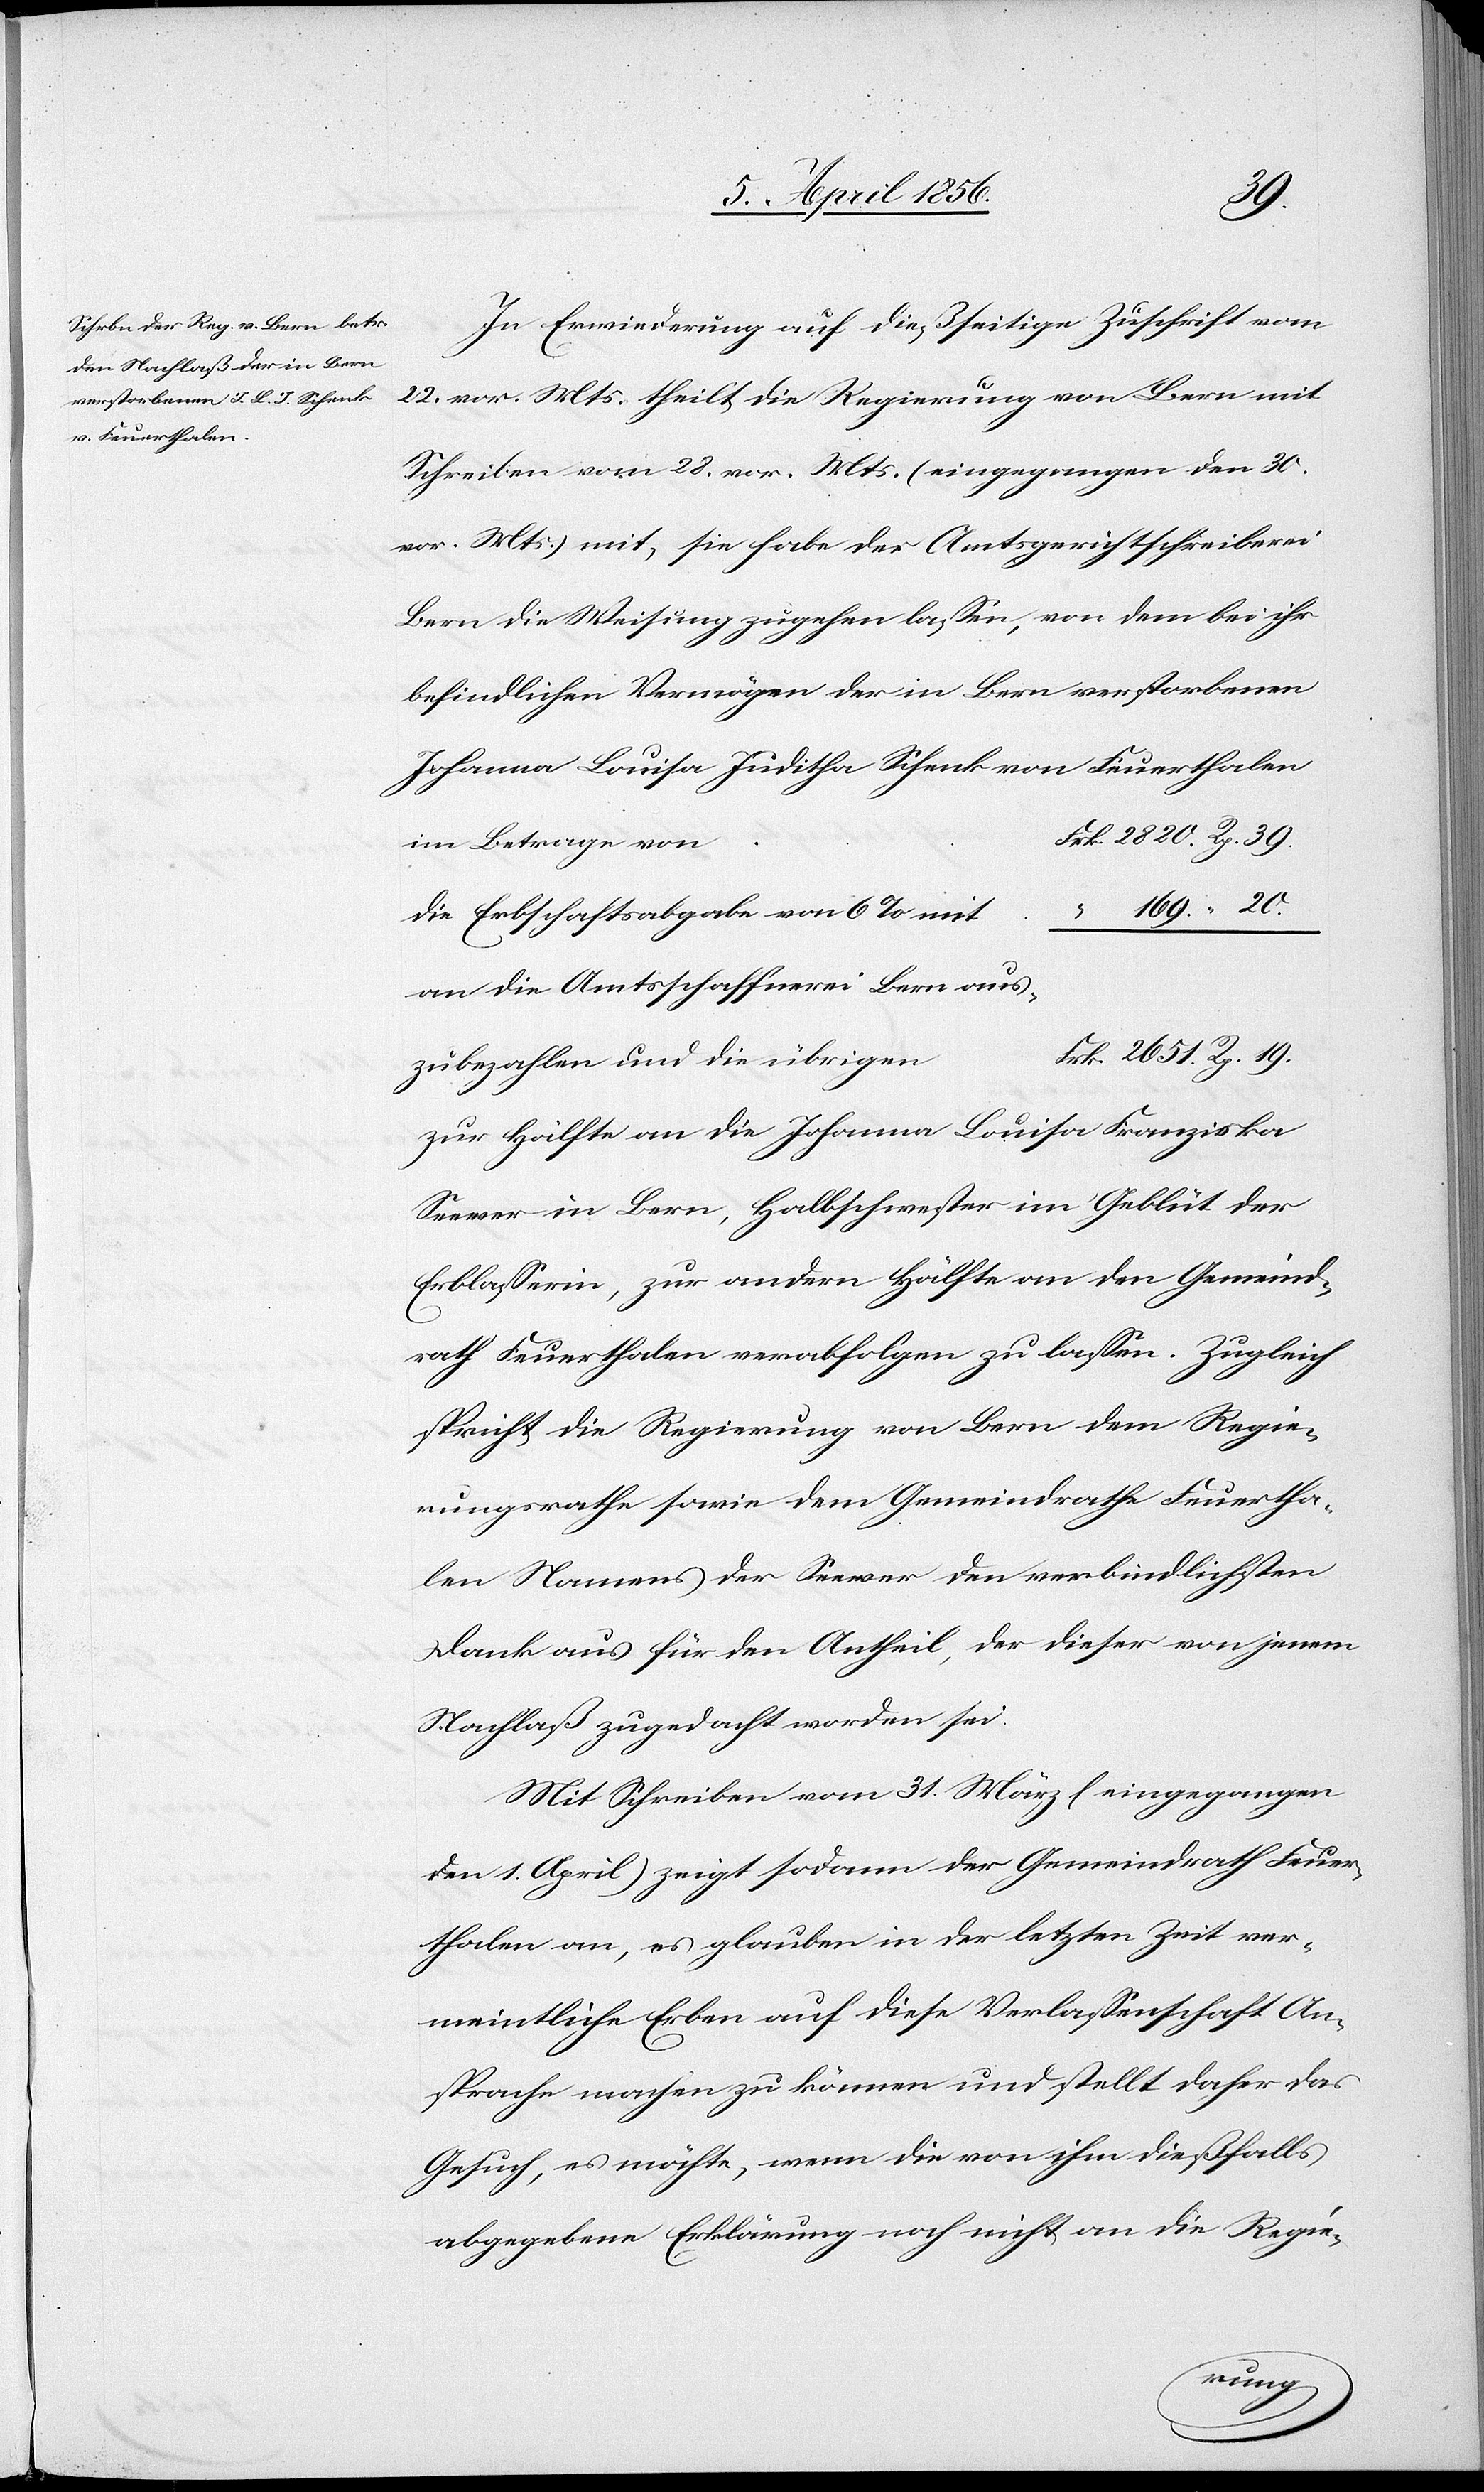
19.
In Erwiederung auf dießseitige Zuschrift vom
22. vor. Mts. theilt die Regierung von Bern mit
Schreiben vom 28. vor. Mts. (eingegangen den 30.
vor. Mts.) mit, sie habe der Amtsgerichtschreiberei
Bern die Weisung zugehen lassen, von dem bei ihr
befindlichen Vermögen der in Bern verstorbenen
Johanna Louisa Juditha Schenk von Feuerthalen
2820. Rp. 39.
die Erbschaftsabgabe von 6% mit
an die Amtsschaffnerei Bern auszu¬
zur Hälfte an die Johanna Louisa Franziska
Seewer in Bern, Halbschwester im Geblüt der
Erblasserin, zur andern Hälfte an den Gemeind¬
rath Feuerthalen verabfolgen zu lassen. Zugleich
spricht die Regierung von Bern dem Regie¬
rungsrathe sowie dem Gemeindrathe Feuertha¬
len Namens der Seewer den verbindlichsten
Dank aus für den Antheil, der dieser von jenem
Nachlaß zugedacht worden sei.
Mit Schreiben vom 31. März (eingegangen
den 1. April) zeigt sodann der Gemeindrath Feuer¬
thalen an, es glauben in der letzten Zeit ver¬
meintliche Erben auf diese Verlassenschaft An¬
sprache machen zu können und stellt daher das
Gesuch, es möchte, wenn die von ihm dießfalls
abgegebene Erklärung noch nicht an die Regie-
bezahlen